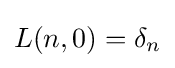
L(n,0)=\delta _{n}